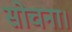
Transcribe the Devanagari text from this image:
सोचना।